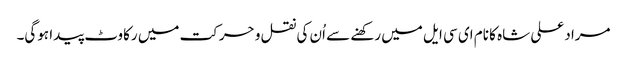
مراد علی شاہ کا نام ای سی ایل میں رکھنے سے اُن کی نقل و حرکت میں رکاوٹ پیدا ہوگی۔